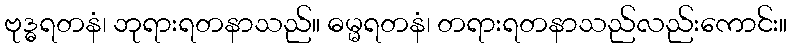
ဗုဒ္ဓရတနံ၊ ဘုရားရတနာသည်။ ဓမ္မရတနံ၊ တရားရတနာသည်လည်းကောင်း။